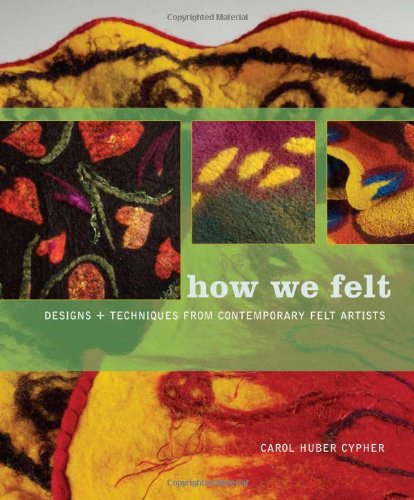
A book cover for How We Felt: Designs and Techniques from Contemporary Felt Artists; Carol Cypher; Crafts, Hobbies & Home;